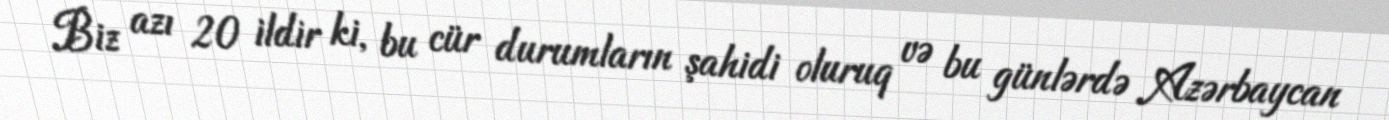
Biz azı 20 ildir ki, bu cür durumların şahidi oluruq və bu günlərdə Azərbaycan